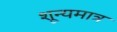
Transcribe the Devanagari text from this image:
शून्यमात्र